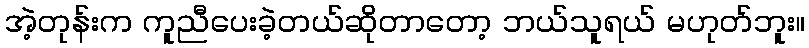
အဲ့တုန်းက ကူညီပေးခဲ့တယ်ဆိုတာတော့ ဘယ်သူရယ် မဟုတ်ဘူး။